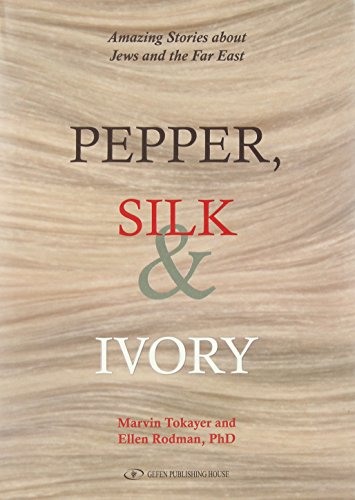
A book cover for Pepper, Silk & Ivory: Amazing Stories about Jews and the Far East; Rabbi Marvin Tokayer; Biographies & Memoirs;